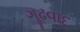
ગૂઢવાદ